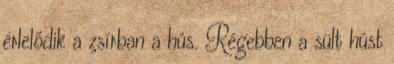
érlelődik a zsírban a hús. Régebben a sült húst